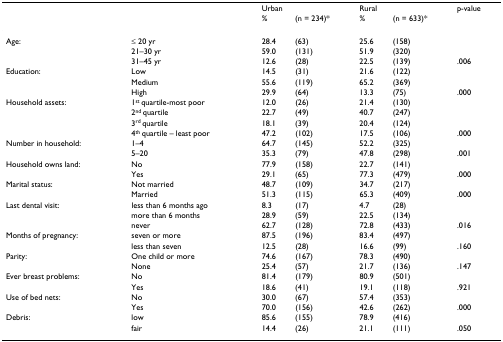
<table><thead><tr><td></td><td></td><td colspan="2"><b>Urban</b></td><td colspan="2"><b>Rural</b></td><td><b>p-value</b></td></tr><tr><td></td><td></td><td><b>%</b></td><td><b>(n = 234)*</b></td><td><b>%</b></td><td><b>(n = 633)*</b></td><td></td></tr></thead><tbody><tr><td>Age:</td><td>≤ 20 yr</td><td>28.4</td><td>(63)</td><td>25.6</td><td>(158)</td><td></td></tr><tr><td></td><td>21–30 yr</td><td>59.0</td><td>(131)</td><td>51.9</td><td>(320)</td><td></td></tr><tr><td></td><td>31–45 yr</td><td>12.6</td><td>(28)</td><td>22.5</td><td>(139)</td><td>.006</td></tr><tr><td>Education:</td><td>Low</td><td>14.5</td><td>(31)</td><td>21.6</td><td>(122)</td><td></td></tr><tr><td></td><td>Medium</td><td>55.6</td><td>(119)</td><td>65.2</td><td>(369)</td><td></td></tr><tr><td></td><td>High</td><td>29.9</td><td>(64)</td><td>13.3</td><td>(75)</td><td>.000</td></tr><tr><td>Household assets:</td><td>1<sup>st </sup>quartile-most poor</td><td>12.0</td><td>(26)</td><td>21.4</td><td>(130)</td><td></td></tr><tr><td></td><td>2<sup>nd </sup>quartile</td><td>22.7</td><td>(49)</td><td>40.7</td><td>(247)</td><td></td></tr><tr><td></td><td>3<sup>rd </sup>quartile</td><td>18.1</td><td>(39)</td><td>20.4</td><td>(124)</td><td></td></tr><tr><td></td><td>4<sup>th </sup>quartile – least poor</td><td>47.2</td><td>(102)</td><td>17.5</td><td>(106)</td><td>.000</td></tr><tr><td>Number in household:</td><td>1–4</td><td>64.7</td><td>(145)</td><td>52.2</td><td>(325)</td><td></td></tr><tr><td></td><td>5–20</td><td>35.3</td><td>(79)</td><td>47.8</td><td>(298)</td><td>.001</td></tr><tr><td>Household owns land:</td><td>No</td><td>77.9</td><td>(158)</td><td>22.7</td><td>(141)</td><td></td></tr><tr><td></td><td>Yes</td><td>29.1</td><td>(65)</td><td>77.3</td><td>(479)</td><td>.000</td></tr><tr><td>Marital status:</td><td>Not married</td><td>48.7</td><td>(109)</td><td>34.7</td><td>(217)</td><td></td></tr><tr><td></td><td>Married</td><td>51.3</td><td>(115)</td><td>65.3</td><td>(409)</td><td>.000</td></tr><tr><td>Last dental visit:</td><td>less than 6 months ago</td><td>8.3</td><td>(17)</td><td>4.7</td><td>(28)</td><td></td></tr><tr><td></td><td>more than 6 months</td><td>28.9</td><td>(59)</td><td>22.5</td><td>(134)</td><td></td></tr><tr><td></td><td>never</td><td>62.7</td><td>(128)</td><td>72.8</td><td>(433)</td><td>.016</td></tr><tr><td>Months of pregnancy:</td><td>seven or more</td><td>87.5</td><td>(196)</td><td>83.4</td><td>(497)</td><td></td></tr><tr><td></td><td>less than seven</td><td>12.5</td><td>(28)</td><td>16.6</td><td>(99)</td><td>.160</td></tr><tr><td>Parity:</td><td>One child or more</td><td>74.6</td><td>(167)</td><td>78.3</td><td>(490)</td><td></td></tr><tr><td></td><td>None</td><td>25.4</td><td>(57)</td><td>21.7</td><td>(136)</td><td>.147</td></tr><tr><td>Ever breast problems:</td><td>No</td><td>81.4</td><td>(179)</td><td>80.9</td><td>(501)</td><td></td></tr><tr><td></td><td>Yes</td><td>18.6</td><td>(41)</td><td>19.1</td><td>(118)</td><td>.921</td></tr><tr><td>Use of bed nets:</td><td>No</td><td>30.0</td><td>(67)</td><td>57.4</td><td>(353)</td><td></td></tr><tr><td></td><td>Yes</td><td>70.0</td><td>(156)</td><td>42.6</td><td>(262)</td><td>.000</td></tr><tr><td>Debris:</td><td>low</td><td>85.6</td><td>(155)</td><td>78.9</td><td>(416)</td><td></td></tr><tr><td></td><td>fair</td><td>14.4</td><td>(26)</td><td>21.1</td><td>(111)</td><td>.050</td></tr></tbody></table>